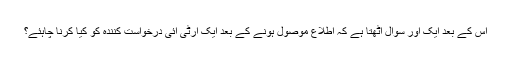
اس کے بعد ایک اور سوال اٹھتا ہے کہ اطلاع موصول ہونے کے بعد ایک آرٹی آئی درخواست کنندہ کو کیا کرنا چاہئے؟